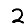
Digit: 2